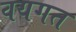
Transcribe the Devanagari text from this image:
वयगत